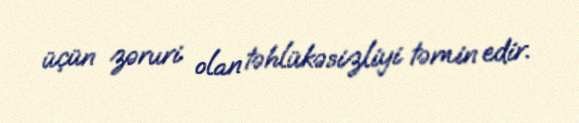
üçün zəruri olan təhlükəsizliyi təmin edir.